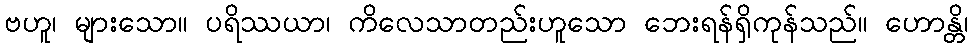
ဗဟူ၊ များသော။ ပရိဿယာ၊ ကိလေသာတည်းဟူသော ဘေးရန်ရှိကုန်သည်။ ဟောန္တိ၊